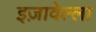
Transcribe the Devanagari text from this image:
इज़ावेल्ला